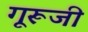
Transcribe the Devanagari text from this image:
गूरूजी